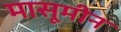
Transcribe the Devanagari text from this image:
मासूमीन